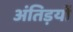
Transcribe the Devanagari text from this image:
अंतिड़यों